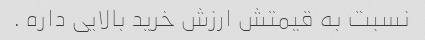
نسبت به قیمتش ارزش خرید بالایی داره .